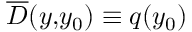
\overline { { \cal D } } ( y , \! y _ { 0 } ) \equiv q ( y _ { 0 } )